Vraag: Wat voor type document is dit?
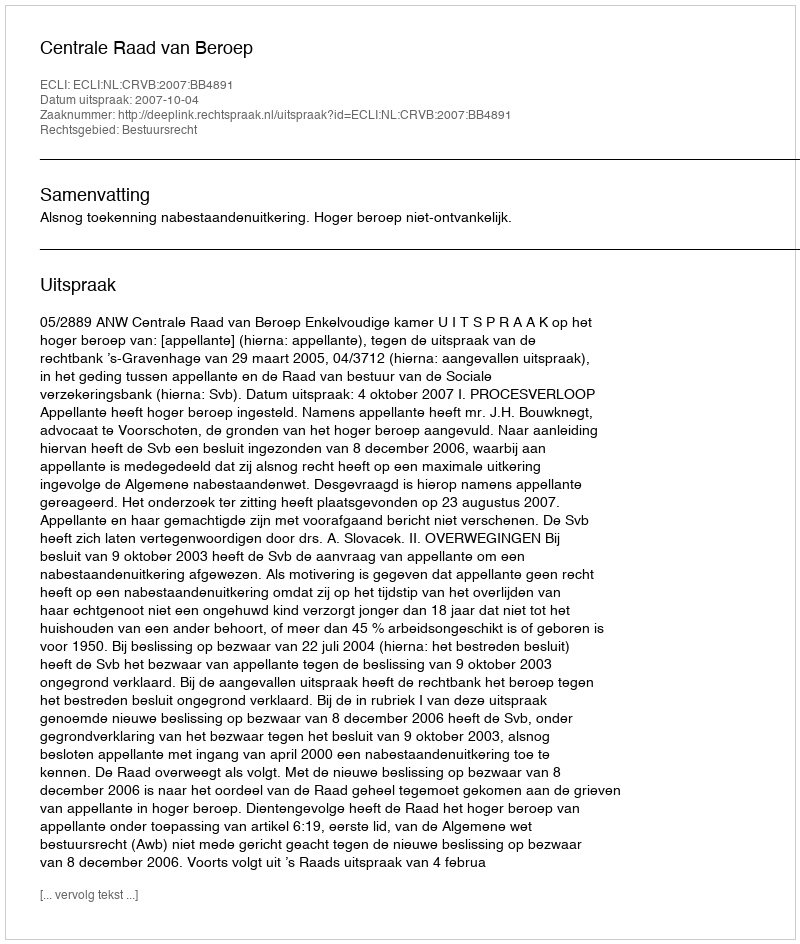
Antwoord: Uitspraak